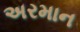
અરમાન